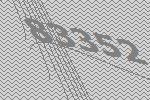
83352